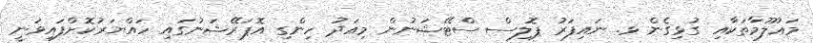
މަޢުލޫމާތަކާއި ގުޅިގެން ޅ. ނައިފަރު ޕޮލިސް ސްޓޭޝަނުން މިއަދު ހިންގި އޮޕަރޭޝަނުގައި ހައްޔަރުކޮށްފައިވަނީ